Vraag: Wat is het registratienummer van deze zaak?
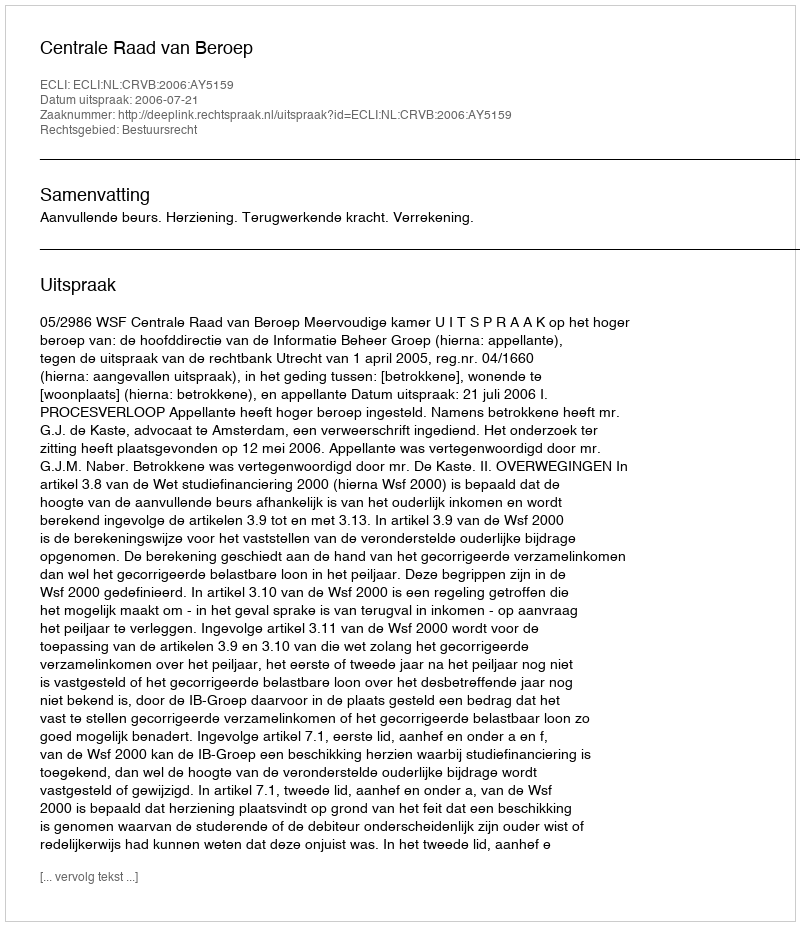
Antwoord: http://deeplink.rechtspraak.nl/uitspraak?id=ECLI:NL:CRVB:2006:AY5159